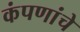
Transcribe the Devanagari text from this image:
कंपणांचे